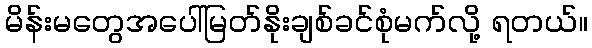
မိန်းမတွေအပေါ်မြတ်နိုးချစ်ခင်စုံမက်လို့ ရတယ်။